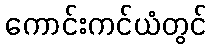
ကောင်းကင်ယံတွင်